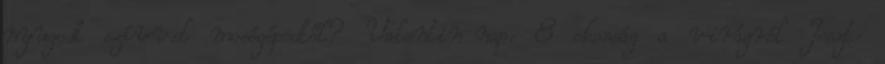
nyugodt szívvel mosógépedtől? Valentin-nap: 8 okosság a virágról Teszt: